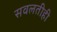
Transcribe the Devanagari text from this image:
सवलतीही